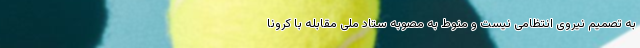
به تصمیم نیروی انتظامی نیست و منوط به مصوبه ستاد ملی مقابله با کرونا